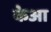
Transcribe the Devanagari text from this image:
केआ